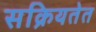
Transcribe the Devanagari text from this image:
सक्रियतेत